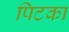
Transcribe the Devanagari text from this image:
पिटका